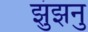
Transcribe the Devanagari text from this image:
झुंझनु